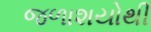
જળાશયોથી